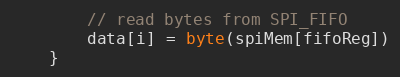
Language: Go
		// read bytes from SPI_FIFO
		data[i] = byte(spiMem[fifoReg])
	}